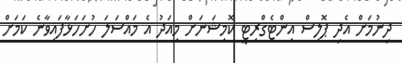
ދިނުމަށް އެދި ޕޮލިސް އިންޓެގްރިޓީ ކޮމިޝަނަށް މިއަދު އެ މައްސަލަ ހުށަހަޅާފައިވާނެ ކަމަށް